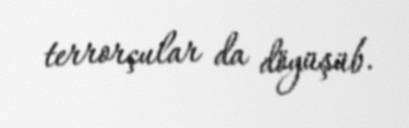
terrorçular da döyüşüb.